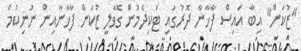
"ޒުކަން" އިބާ އައިސް ފާޚާނާ ދޮރުގައި ޓަކިދެމުން ގޮވާލީ ޒުކަން ފާޚާނާއިން ނުނިކުމެ